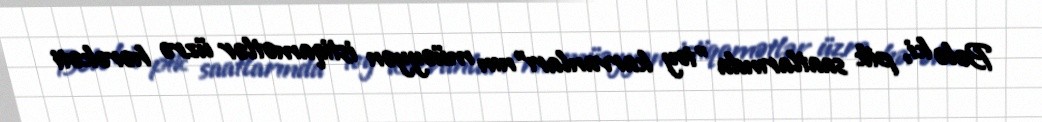
Belə ki, pik saatlarında "toy karvanları"nın müəyyən istiqamətlər üzrə hərəkəti